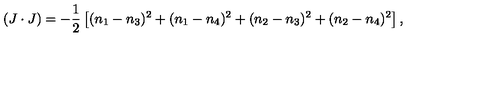
( J \cdot J ) = - \frac { 1 } { 2 } \left[ ( n _ { 1 } - n _ { 3 } ) ^ { 2 } + ( n _ { 1 } - n _ { 4 } ) ^ { 2 } + ( n _ { 2 } - n _ { 3 } ) ^ { 2 } + ( n _ { 2 } - n _ { 4 } ) ^ { 2 } \right] ,